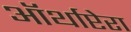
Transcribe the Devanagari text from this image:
ऑर्थाप्टेरा